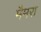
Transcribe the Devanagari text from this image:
मैमरा